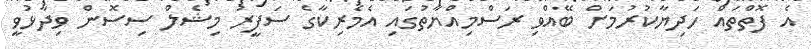
އެ ފޮތްތައް ހަދިޔާކުރުމަށް ބޭއްވި ރަސްމިއްޔާތުގައި އެމެރިކާގެ ސަފީރު މިޝެލް ސިސޮން ވިދާޅުވީ